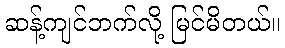
ဆန့်ကျင်ဘက်လို့ မြင်မိတယ်။